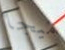
ميجا